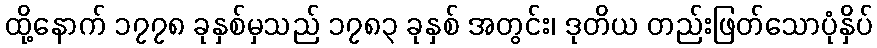
ထို့နောက် ၁၇၇၈ ခုနှစ်မှသည် ၁၇၈၃ ခုနှစ် အတွင်း၊ ဒုတိယ တည်းဖြတ်သောပုံနှိပ်